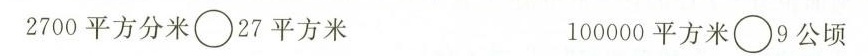
2700平方分米\circ27平方米 100000平方米\circ9公顷